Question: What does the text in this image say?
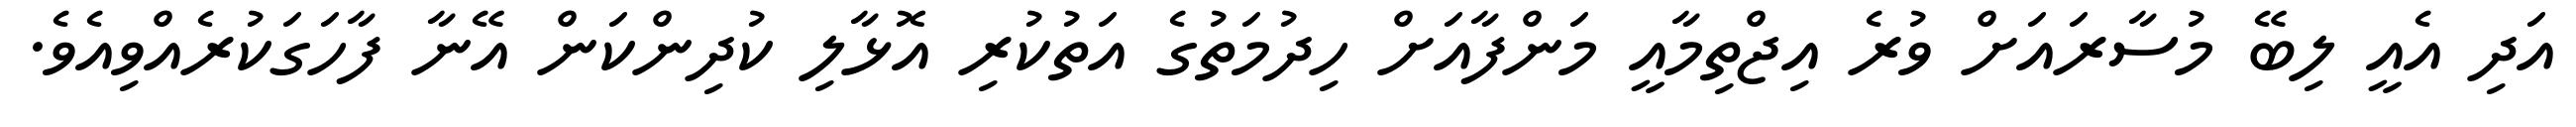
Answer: އަދި އެއީ ލިބޭ މުސާރައަށް ވުރެ އިޖްތިމާއީ މަންފާއަށް ހިދުމަތުގެ އަތުކުރި އޮޅާލި ކުދިންކަން އޭނާ ފާހަގަކުރެއްވިއެވެ.